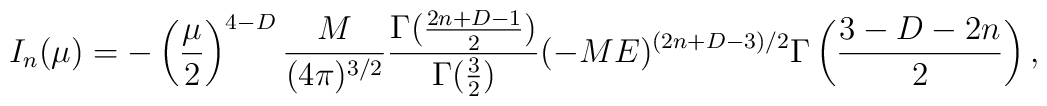
I_n(\mu)=-\left(\frac{\mu}{2}\right)^{4-D} \frac{M}{(4 \pi)^{3/2}}\frac{\Gamma(\frac{2n + D - 1}{2})}{\Gamma(\frac{3}{2})}(-M E)^{(2n + D - 3)/2} \Gamma\left(\frac{3 - D  - 2n}{2}\right),